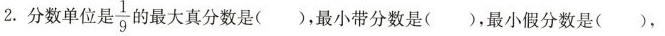
2.分数单位是\frac{1}{9}的最大真分数是（），最小带分数是（），最小假分数是（），